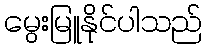
မွေးမြူနိုင်ပါသည်